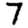
Digit: 7